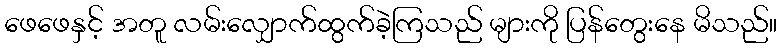
ဖေဖေနှင့် အတူ လမ်းလျှောက်ထွက်ခဲ့ကြသည် များကို ပြန်တွေးနေ မိသည်။